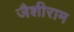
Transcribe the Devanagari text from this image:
जैशीराम